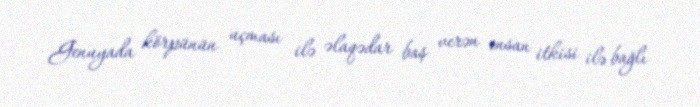
Genuyada körpünün uçması ilə əlaqədar baş verən insan itkisi ilə bağlı